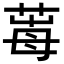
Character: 𦱞